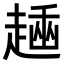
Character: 𧼶